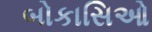
બોકાસિઓ